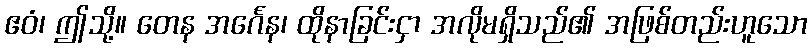
ဧဝံ၊ ဤသို့။ တေန အင်္ဂေန၊ ထိုနာခြင်းငှာ အလိုမရှိသည်၏ အဖြစ်တည်းဟူသော